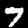
Digit: 7